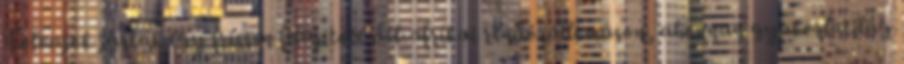
Tolvajok jártak egy frissen felújított dél-afrikai rendőrállomáson, ahonnan gyakorlatilag